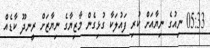
05:33 ނިއުގެ ނިޔާއަށް ކުރި ފައުލަކާ ގުޅިގެން މާޒިޔާގެ ނިޔާޒަށް ރީނދޫ ކާޑެއް